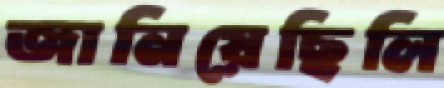
জানিয়েছিলি